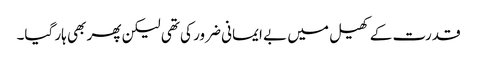
قدرت کے کھیل میں بے ایمانی ضرور کی تھی لیکن پھر بھی ہار گیا۔